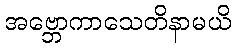
အဗ္ဘောကာသေတိနာမယိ